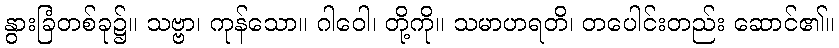
နွားခြံတစ်ခု၌။ သဗ္ဗာ၊ ကုန်သော။ ဂါဝေါ၊ တို့ကို။ သမာဟရတိ၊ တပေါင်းတည်း ဆောင်၏။